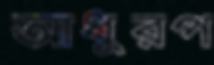
আধুরপ